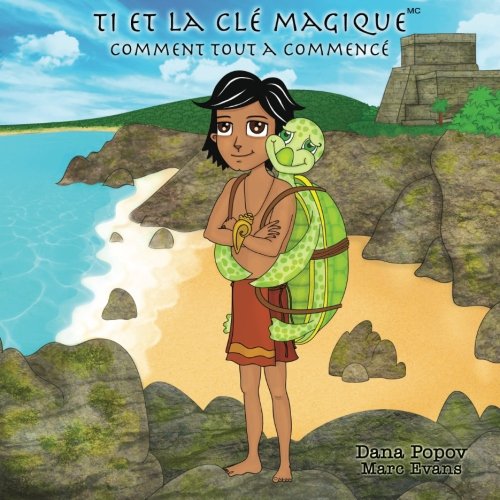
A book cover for Ti et la Cle Magique: Comment tout a commence (French Edition); Dana Popov; Children's Books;